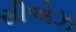
સીએઝ